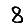
Digit: 8